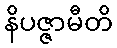
နိပဇ္ဇာမီတိ